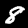
Label: 8